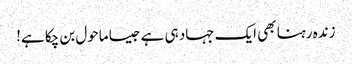
زندہ رہنا بھی ایک جہاد ہی ہے جیسا ماحول بن چکا ہے!